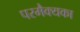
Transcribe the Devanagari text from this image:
परमैक्यका